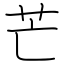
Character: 芒